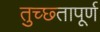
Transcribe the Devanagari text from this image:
तुच्छ्तापूर्ण